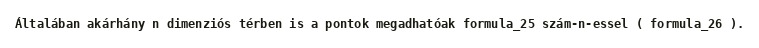
Általában akárhány n dimenziós térben is a pontok megadhatóak formula_25 szám-n-essel ( formula_26 ).